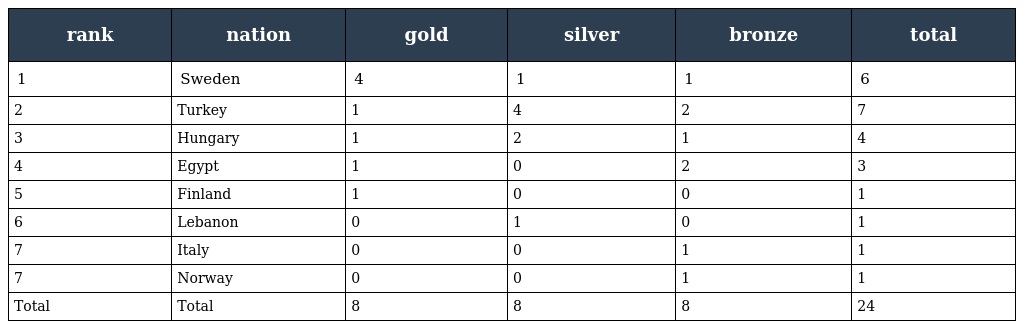
| rank | nation | gold | silver | bronze | total |
 | --- | --- | --- | --- | --- | --- |
 | 1 | Sweden | 4 | 1 | 1 | 6 |
 | 2 | Turkey | 1 | 4 | 2 | 7 |
 | 3 | Hungary | 1 | 2 | 1 | 4 |
 | 4 | Egypt | 1 | 0 | 2 | 3 |
 | 5 | Finland | 1 | 0 | 0 | 1 |
 | 6 | Lebanon | 0 | 1 | 0 | 1 |
 | 7 | Italy | 0 | 0 | 1 | 1 |
 | 7 | Norway | 0 | 0 | 1 | 1 |
 | Total | Total | 8 | 8 | 8 | 24 |